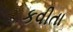
કવીતા